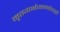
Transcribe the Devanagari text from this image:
मृतगर्भजन्मांचाही